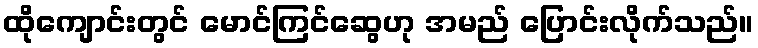
ထိုကျောင်းတွင် မောင်ကြင်ဆွေဟု အမည် ပြောင်းလိုက်သည်။